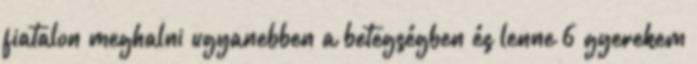
fiatalon meghalni ugyanebben a betegségben és lenne 6 gyerekem